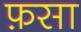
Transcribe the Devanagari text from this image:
फ़सा